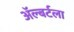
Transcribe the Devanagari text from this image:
ॲल्बर्टला